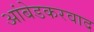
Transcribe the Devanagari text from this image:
अांबेडकरवाद